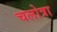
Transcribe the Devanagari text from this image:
चलोत्रा